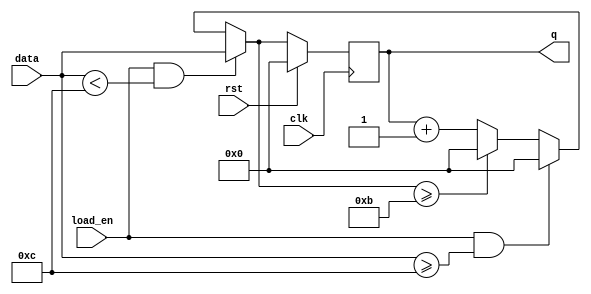
module sync_4bit_mod12_loadable_up_counter (
    input [3:0] data,input clk,rst,load_en,
    output reg [3:0] q
);

reg [3:0]a;

always @(*) begin
if (load_en && data<12) begin
    a=data;
end
else if (load_en && data>=12) begin
    a=4'b0;
end
else if (a>=11) begin
    a=4'b0;
end
else begin
    a=q+4'b1;
end
end



always @(posedge clk) begin
    if (rst) begin
        q<=4'b0;
    end
    else begin
        q<=a;
    end
end

endmodule